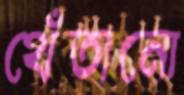
থেঁতানো